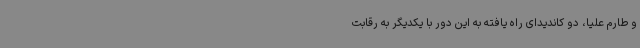
و طارم علیا، دو کاندیدای راه یافته به این دور با یکدیگر به رقابت